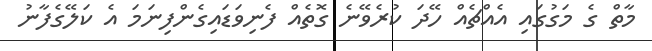
މާތް ގެ މަގުގައި އެއްޗެއް ހޭދަ ކުރެވޭނެ ގޮތެއް ފެނިވަޑައިގެންފިނަމަ އެ ކަލޭގެފާނު